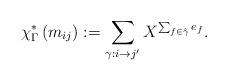
LaTeX: \begin{align*}\chi^*_\Gamma\left(m_{ij}\right):=\sum_{\gamma:i\rightarrow j'}X^{\sum_{f\in \hat{\gamma}}e_f}.\end{align*}